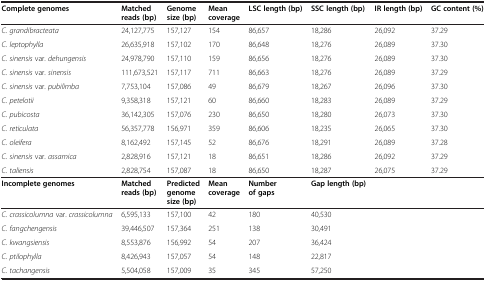
<table><thead><tr><td><b>Complete genomes</b></td><td><b>Matched reads (bp)</b></td><td><b>Genome size (bp)</b></td><td><b>Mean coverage</b></td><td><b>LSC length (bp)</b></td><td><b>SSC length (bp)</b></td><td><b>IR length (bp)</b></td><td><b>GC content (%)</b></td></tr></thead><tbody><tr><td><i>C. grandibracteata</i></td><td>24,127,775</td><td>157,127</td><td>154</td><td>86,657</td><td>18,286</td><td>26,092</td><td>37.29</td></tr><tr><td><i>C. leptophylla</i></td><td>26,635,918</td><td>157,102</td><td>170</td><td>86,648</td><td>18,276</td><td>26,089</td><td>37.30</td></tr><tr><td><i>C. sinensis</i> var. <i>dehungensis</i></td><td>24,978,790</td><td>157,110</td><td>159</td><td>86,656</td><td>18,276</td><td>26,089</td><td>37.30</td></tr><tr><td><i>C. sinensis</i> var. <i>sinensis</i></td><td>111,673,521</td><td>157,117</td><td>711</td><td>86,663</td><td>18,276</td><td>26,089</td><td>37.29</td></tr><tr><td><i>C. sinensis</i> var. <i>pubilimba</i></td><td>7,753,104</td><td>157,086</td><td>49</td><td>86,679</td><td>18,267</td><td>26,096</td><td>37.30</td></tr><tr><td><i>C. petelotii</i></td><td>9,358,318</td><td>157,121</td><td>60</td><td>86,660</td><td>18,283</td><td>26,089</td><td>37.29</td></tr><tr><td><i>C. pubicosta</i></td><td>36,142,305</td><td>157,076</td><td>230</td><td>86,650</td><td>18,280</td><td>26,073</td><td>37.30</td></tr><tr><td><i>C. reticulata</i></td><td>56,357,778</td><td>156,971</td><td>359</td><td>86,606</td><td>18,235</td><td>26,065</td><td>37.30</td></tr><tr><td><i>C. oleifera</i></td><td>8,162,492</td><td>157,145</td><td>52</td><td>86,676</td><td>18,291</td><td>26,089</td><td>37.28</td></tr><tr><td><i>C. sinensis</i> var. <i>assamica</i></td><td>2,828,916</td><td>157,121</td><td>18</td><td>86,651</td><td>18,286</td><td>26,092</td><td>37.29</td></tr><tr><td><i>C. taliensis</i></td><td>2,828,754</td><td>157,087</td><td>18</td><td>86,650</td><td>18,287</td><td>26,075</td><td>37.29</td></tr><tr><td><b>Incomplete genomes</b></td><td><b>Matched reads (bp)</b></td><td><b>Predicted genome size (bp)</b></td><td><b>Mean coverage</b></td><td><b>Number of gaps</b></td><td><b>Gap length (bp)</b></td><td> </td><td> </td></tr><tr><td><i>C. crassicolumna</i> var. <i>crassicolumna</i></td><td>6,595,133</td><td>157,100</td><td>42</td><td>180</td><td>40,530</td><td> </td><td> </td></tr><tr><td><i>C. fangchengensis</i></td><td>39,446,507</td><td>157,364</td><td>251</td><td>138</td><td>30,491</td><td> </td><td> </td></tr><tr><td><i>C. kwangsiensis</i></td><td>8,553,876</td><td>156,992</td><td>54</td><td>207</td><td>36,424</td><td> </td><td> </td></tr><tr><td><i>C. ptilophylla</i></td><td>8,426,943</td><td>157,057</td><td>54</td><td>148</td><td>22,817</td><td> </td><td> </td></tr><tr><td><i>C. tachangensis</i></td><td>5,504,058</td><td>157,009</td><td>35</td><td>345</td><td>57,250</td><td> </td><td> </td></tr></tbody></table>